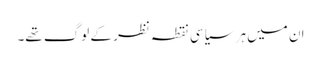
ان میں ہر سیاسی نقطہ نظر کے لوگ تھے۔